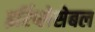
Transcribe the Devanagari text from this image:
इर्रिप्लेसेबल